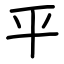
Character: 平